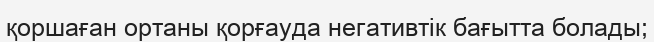
қоршаған ортаны қорғауда негативтік бағытта болады;